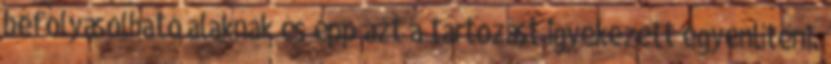
befolyásolható alaknak és épp azt a tartozást igyekezett egyenlíteni.